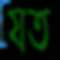
যত